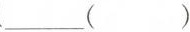
___（ ）